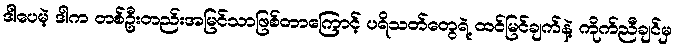
ဒါပေမဲ့ ဒါက တစ်ဦးတည်းအမြင်သာဖြစ်တာကြောင့် ပရိသတ်တွေရဲ့ ထင်မြင်ချက်နဲ့ ကိုက်ညီချင်မှ